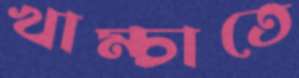
খাম্‌চাতে